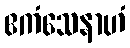
ဧကံသေနာဟံ